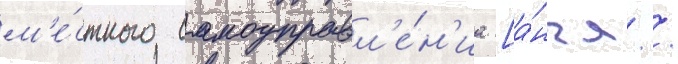
м'е́стного самоуправл'е́н'иа [а́нгл. /